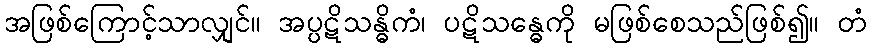
အဖြစ်ကြောင့်သာလျှင်။ အပ္ပဋိသန္ဓိကံ၊ ပဋိသန္ဓေကို မဖြစ်စေသည်ဖြစ်၍။ တံ